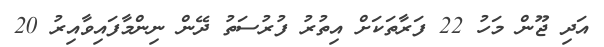
އަދި ޖޫން މަހު 22 ފަރާތަކަށް އިތުރު ފުރުސަތު ދޭން ނިންމާފައިވާއިރު 20